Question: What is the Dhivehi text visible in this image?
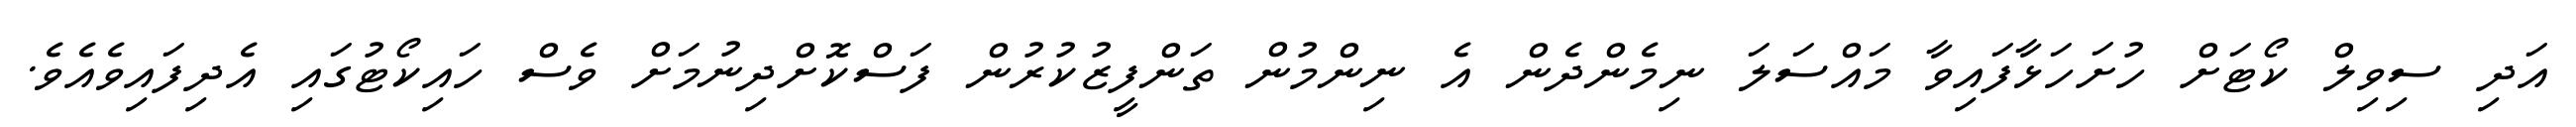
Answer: އަދި ސިވިލް ކޯޓަށް ހުށަހަޅާފައިވާ މައްސަލަ ނިމެންދެން އެ ނިންމުން ތަންފީޒުކުރުން ފަސްކޮށްދިނުމަށް ވެސް ހައިކޯޓުގައި އެދިފައިވެއެވެ.